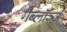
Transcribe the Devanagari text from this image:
गैब्लॉञ्ज़